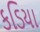
કડિયા